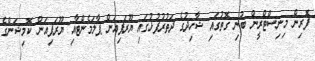
ފޮރިން މިނިސްޓްރީން ބުނި ގޮތުގައި ޝާހިދުގެ ދަތުރުފުޅުގައި ޔޫރަޕިއަން ޕާލަމެންޓާއި ޔޫރަޕިއަން ކޮމިޝަންގެ